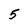
Character: 5